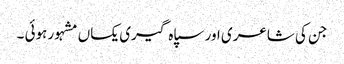
جن کی شاعری اور سپاہ گیری یکساں مشہور ہوئی ۔